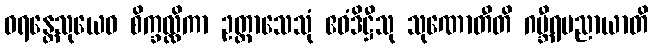
ဓရန္တေသုယေဝ စိက္ခလ္လိကာ ဥတ္တာသေသုံ ဧဝံဒိဋ္ဌီသု သုဏောတီတိ ဂမ္ဘီရပညာယာတိ